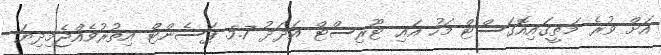
އަށް ވުރެ މަތީގައިއޮގަސްޓް މަހު އައި ޓޫރިސްޓް އަދަދު 5.7 ޕަސެންޓް އިތުރުވެއްޖެމިދިޔަ